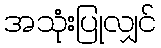
အသုံးပြုလျှင်